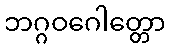
ဘဂ္ဂဝဂေါတ္တော